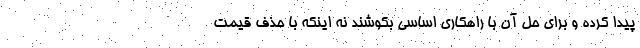
پیدا کرده و برای حل آن با راهکاری اساسی بکوشند نه اینکه با حذف قیمت